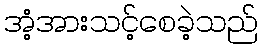
အံ့အားသင့်စေခဲ့သည်